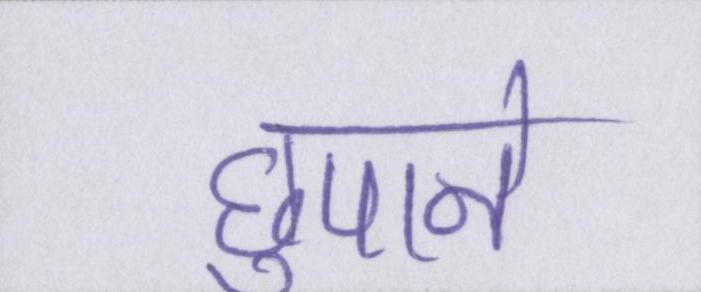
छुपाने